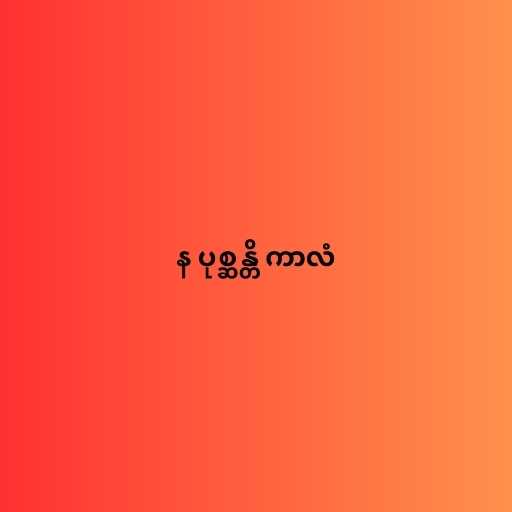
န ပုစ္ဆန္တိ ကာလံ